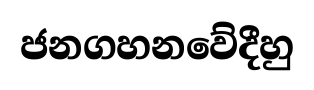
ජනගහනවේදීහු